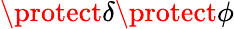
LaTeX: \protect\delta\protect\phi